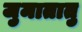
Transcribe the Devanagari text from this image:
जुमातातु